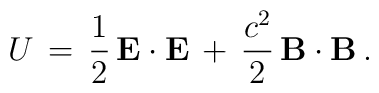
U\, =\, \frac{1}{2}\, {\bf E} \cdot {\bf E}\, +\, \frac{c^{2}}{2}\, {\bf B}\cdot {\bf B}\, .